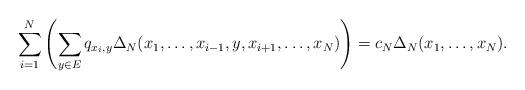
LaTeX: \begin{align*}\sum_{i=1}^N{\left(\sum_{y\in E}{q_{x_i, y}\Delta_N(x_1, \ldots, x_{i-1}, y, x_{i+1}, \ldots, x_N)}\right)} = c_N\Delta_N(x_1, \ldots, x_N).\end{align*}